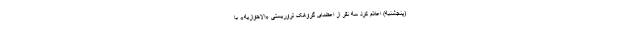
(پنجشنبه) اعلام کرد سه نفر از اعضای گروهک تروریستی «الاحوازیه» با